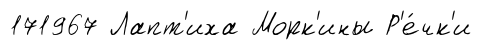
171967 Лапт'иха Морк'ины Р'е́чк'и